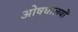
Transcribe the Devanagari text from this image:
ओषधालयों